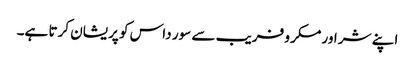
اپنے شر اور مکر و فریب سے سور داس کو پریشان کرتا ہے۔